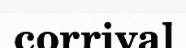
corrival